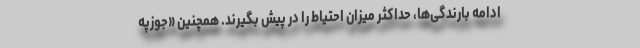
ادامه بارندگی‌ها، حداکثر میزان احتیاط را در پیش بگیرند. همچنین «جوزپه